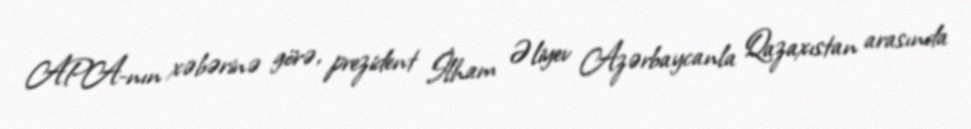
APA-nın xəbərinə görə, prezident İlham Əliyev Azərbaycanla Qazaxıstan arasında